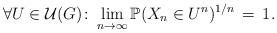
LaTeX: \begin{align*}\forall U \in \mathcal{U}(G) \colon \lim_{n \rightarrow \infty}\mathbb{P}(X_n \in U^n)^{1/n}\,= \,1 .\end{align*}